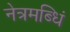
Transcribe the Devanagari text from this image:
नेत्रमब्धिं